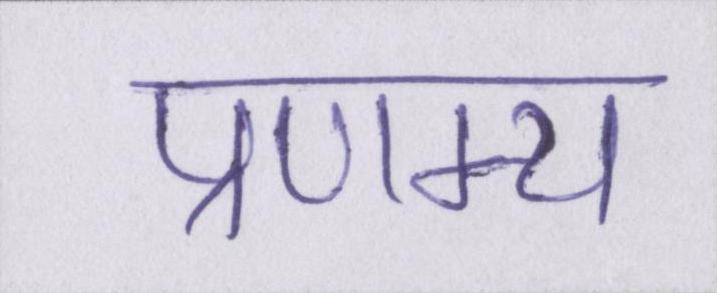
प्रणम्य